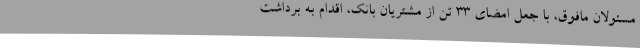
مسئولان مافوق، با جعل امضای ۳۳ تن از مشتریان بانک، اقدام به برداشت